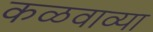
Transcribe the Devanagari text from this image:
कळवाव्या